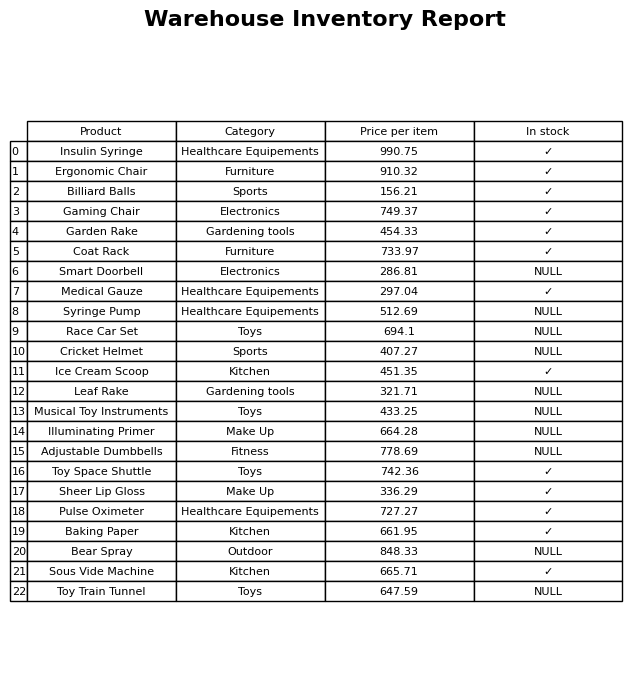
question: What is the price of the Leaf Rake?
answer: The price of Leaf Rake is 321.71.